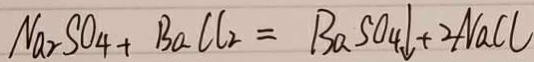
N a _ { 2 } S O _ { 4 } + B a C l _ { 2 } = B a S O _ { 4 } \downarrow + 2 N a C l